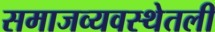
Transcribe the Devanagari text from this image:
समाजव्यवस्थेतली